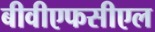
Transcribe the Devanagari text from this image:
बीवीएफसीएल